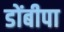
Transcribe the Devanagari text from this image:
डोंबीपा